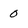
Character: 0